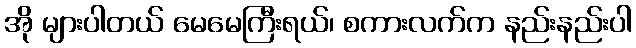
အို များပါတယ် မေမေကြီးရယ်၊ စကားလက်က နည်းနည်းပါ